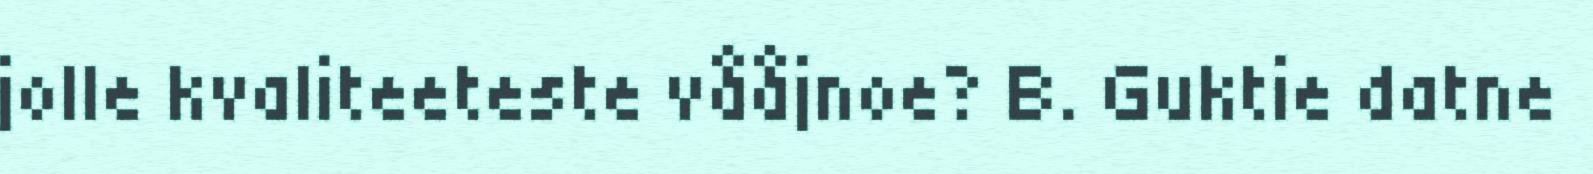
jolle kvaliteeteste vååjnoe? B. Guktie datne